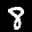
Label: 8